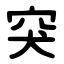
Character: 突